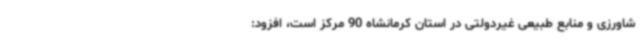
شاورزی و منابع طبیعی غیردولتی در استان کرمانشاه 90 مرکز است، افزود: